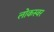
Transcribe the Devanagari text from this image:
लोकस्वर